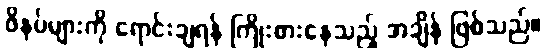
ဖိနပ်များကို ရောင်းချရန် ကြိုးစားနေသည့် အချိန် ဖြစ်သည်။